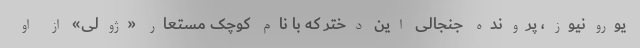
یورونیوز، پرونده جنجالی این دختر که با نام کوچک مستعار «ژولی» از او